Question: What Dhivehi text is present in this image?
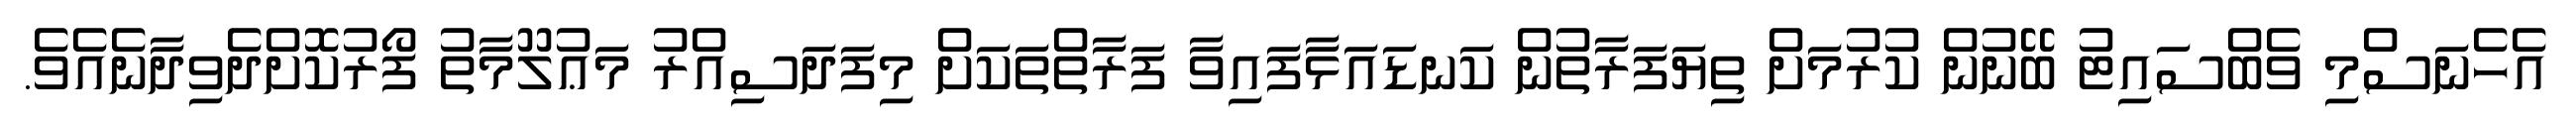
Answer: އެހެނަސްމި ވެބްސައިޓު ބޭނުން ކުރުމަށް ތިޔަފަރާތުން ކަނޑައަޅާފައިވާ ފަރާތްތަކަށް މިފަދަސިއްރު މަޢުލޫމާތު ފޯރުކޮށްދެވިދާނެއެވެ.